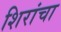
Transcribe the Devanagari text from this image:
शिरांचा